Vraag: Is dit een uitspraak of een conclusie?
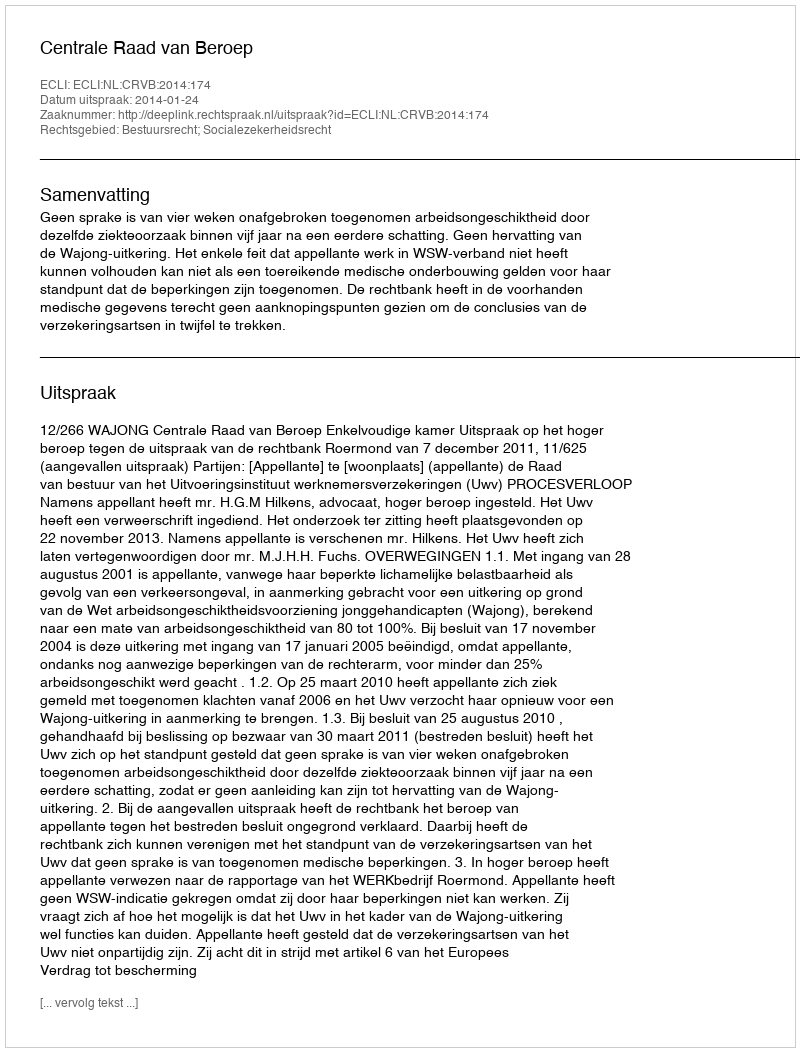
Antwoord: Uitspraak